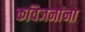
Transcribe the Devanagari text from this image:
कविजनांना